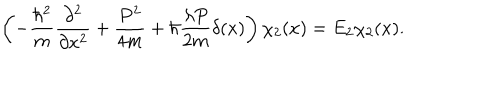
\left( - { \frac { \hbar ^ { 2 } } { m } } { \frac { \partial ^ { 2 } } { \partial x ^ { 2 } } } + { \frac { P ^ { 2 } } { 4 m } } + \hbar { \frac { \lambda P } { 2 m } } \delta ( x ) \right) \chi _ { 2 } ( x ) = E _ { 2 } \chi _ { 2 } ( x ) .